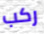
ركب